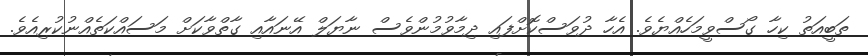
ތަބީއަތު ކިހާ ގޯސްވީމަހެއްޔެވެ. އެހާ ދުވަސްކޮށްފައި ދިމާވުމުންވެސް ނާޔަލް އޭނައާއި ގާތްވާކަށް މަސައްކަތެއްނުކުރިއެވެ.